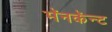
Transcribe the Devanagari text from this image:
मॅनकॅन्ट